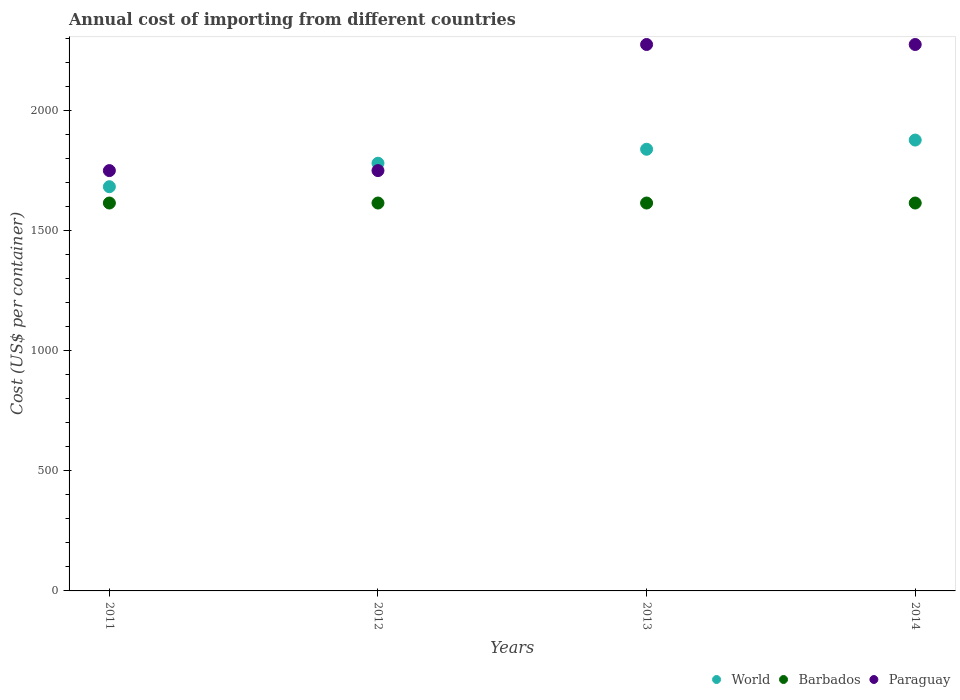
| Years | World | Barbados | Paraguay |
 | --- | --- | --- | --- |
 | 2011 | 1.68e+03 | 1.62e+03 | 1.75e+03 |
 | 2012 | 1.78e+03 | 1.62e+03 | 1.75e+03 |
 | 2013 | 1.84e+03 | 1.62e+03 | 2.28e+03 |
 | 2014 | 1.88e+03 | 1.62e+03 | 2.28e+03 |